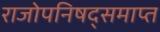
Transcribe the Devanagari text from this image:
राजोपनिषद्समाप्त